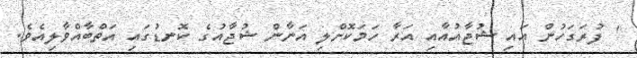
' ފުރަގަހުން އައި ޝުޖާއުއާއި އަރާ ހަމަކޮށްލި އަނާން ޝުޖާއުގެ ކޮނޑުގައި އަތްބާއްވާލިއެވެ.